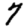
Digit: 7